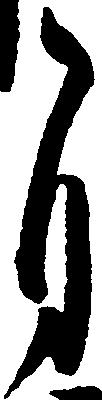
自